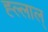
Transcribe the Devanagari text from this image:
ह्ल्लाल्